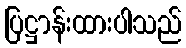
ပြဋ္ဌာန်းထားပါသည်